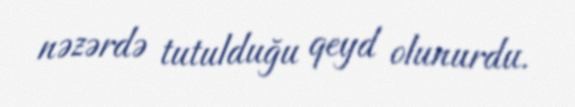
nəzərdə tutulduğu qeyd olunurdu.